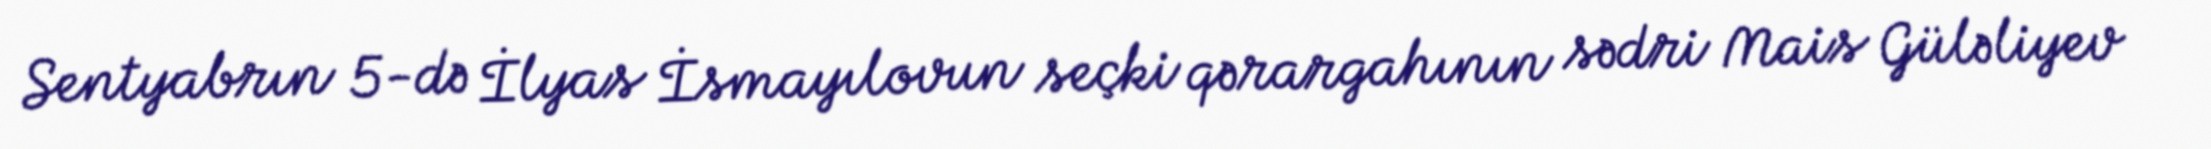
Sentyabrın 5-də İlyas İsmayılovun seçki qərargahının sədri Mais Güləliyev